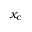
x _ { c }